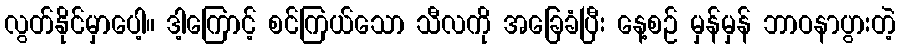
လွတ်နိုင်မှာပေါ့။ ဒါ့ကြောင့် စင်ကြယ်သော သီလကို အခြေခံပြီး နေ့စဉ် မှန်မှန် ဘာဝနာပွားတဲ့